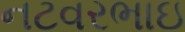
નટવરભાઇ